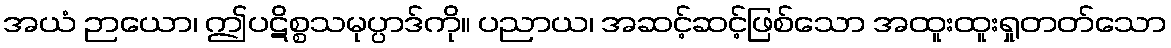
အယံ ဉာယော၊ ဤပဋိစ္စသမုပ္ပာဒ်ကို။ ပညာယ၊ အဆင့်ဆင့်ဖြစ်သော အထူးထူးရှုတတ်သော